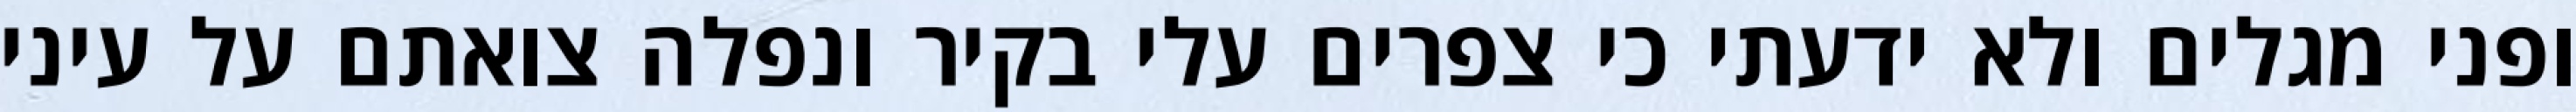
ופני מגלים ולא ידעתי כי צפרים עלי בקיר‏ ונפלה צואתם על עיני